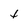
Character: 4